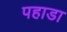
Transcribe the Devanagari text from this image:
पहाडा